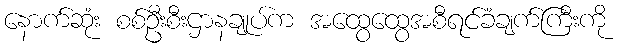
နောက်ဆုံး စစ်ဦးစီးဌာနချုပ်က အထွေထွေအစီရင်ခံချက်ကြီးကို